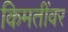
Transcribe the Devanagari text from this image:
किमतींवर